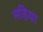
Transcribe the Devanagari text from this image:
महिया